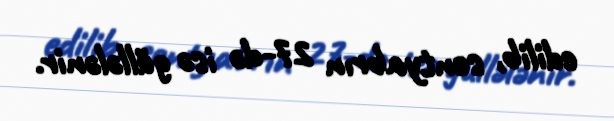
edilib, sentyabrın 27-də isə güllələnir.